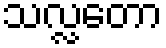
သလ္လတော